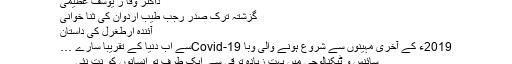
ڈاکٹر وقا ر یوسف عظیمی
گزشتہ ترک صدر رجب طیب اردوان کی ثنا خوانی
آئندہ ارطغرل کی داستان
2019ء کے آخری مہینوں سے شروع ہونے والی وبا Covid-19سے اب دنیا کے تقریباً سارے …
سائنس و ٹیکنالوجی میں بہت زیادہ ترقی سے ایک طرف تو انسانوں کو نت نئی …